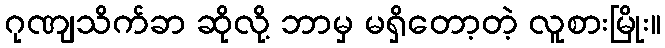
ဂုဏျသိက်ခာ ဆိုလို့ ဘာမှ မရှိတော့တဲ့ လူစားမြိုး။